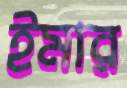
ইমার